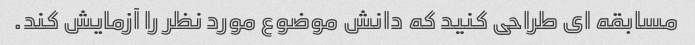
مسابقه ای طراحی کنید که دانش موضوع مورد نظر را آزمایش کند.